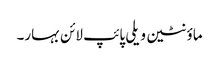
ماؤنٹین ویلی پائپ لائن بہار۔